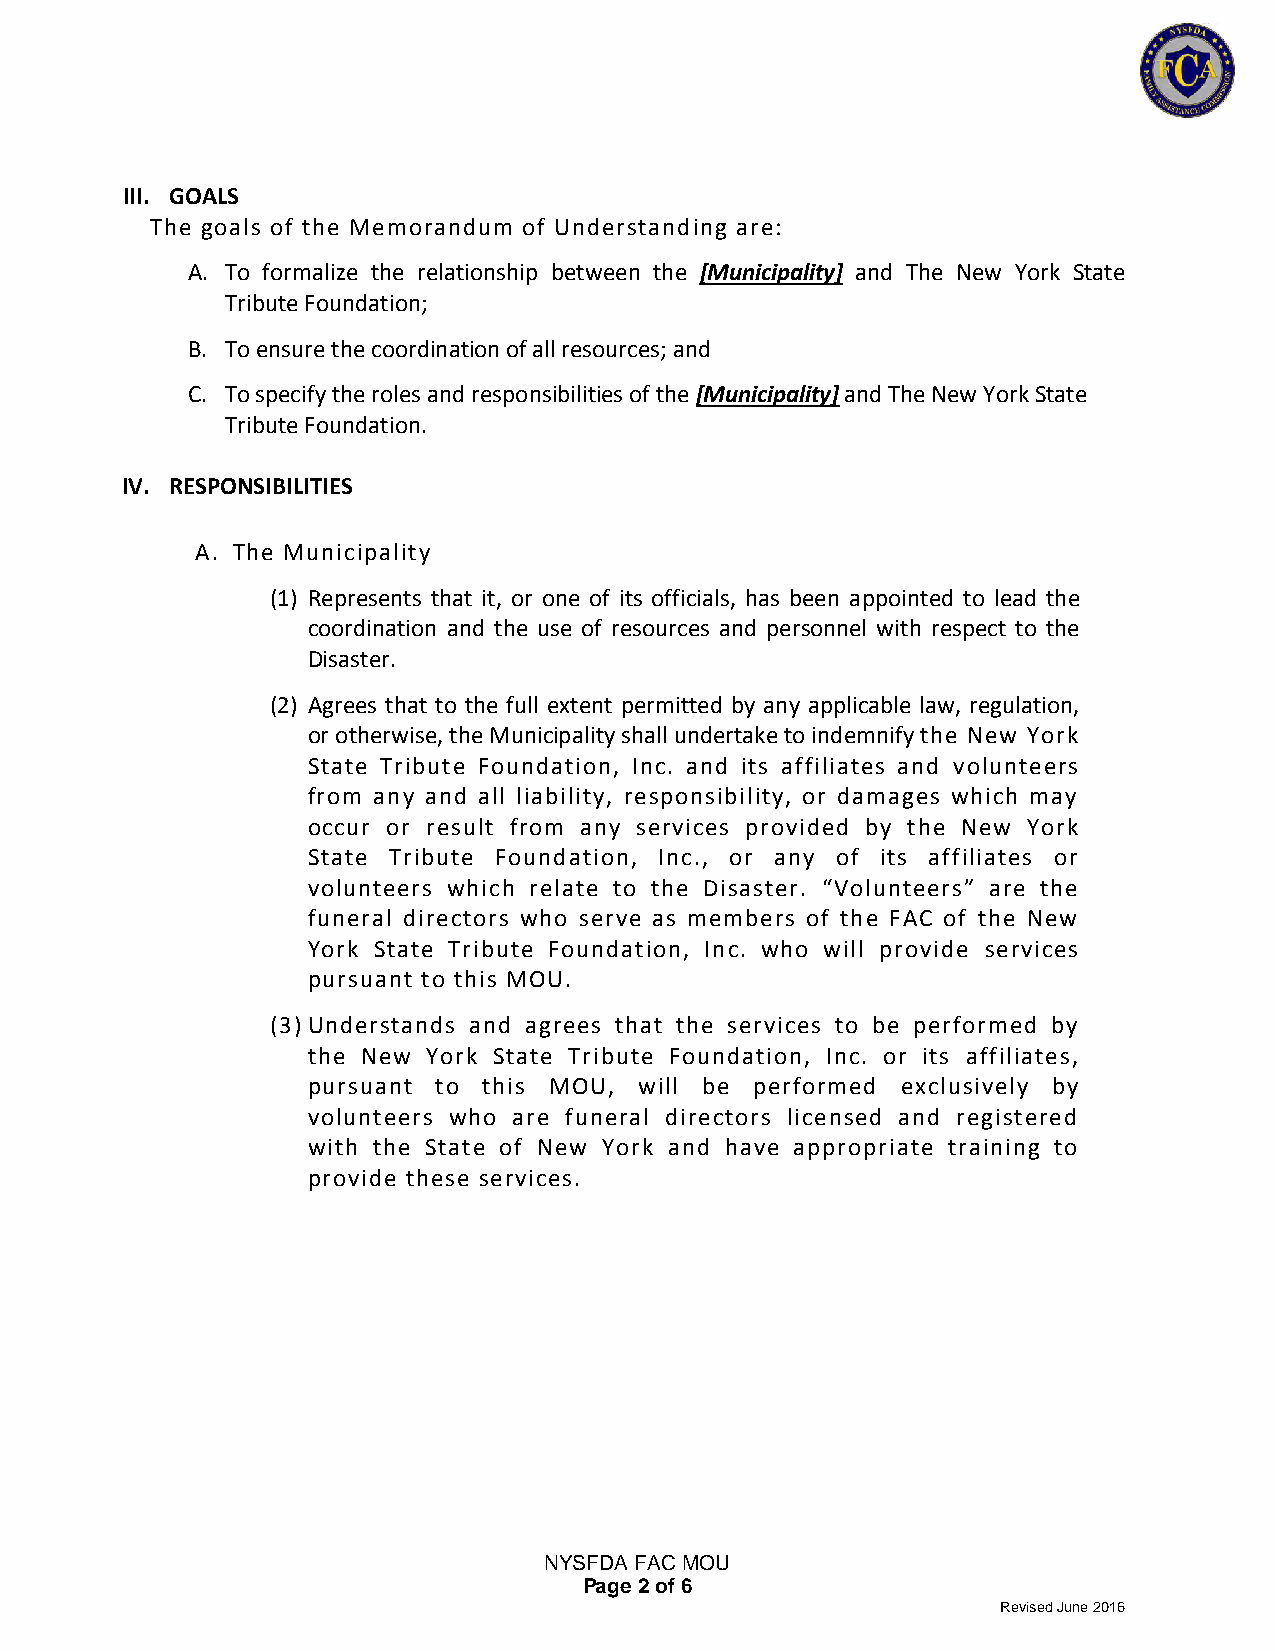
III. GOALS
 The goals of the Memorandum of Understanding are:
 A. To formalize the relationship between the [Municipality] and The New York State
 Tribute Foundation;
 B. To ensure the coordination of all resources; and
 C. To specify the roles and responsibilities of the [Municipality] and The New York State
 Tribute Foundation.
 IV. RESPONSIBILITIES
 A. The Municipality
 (1) Represents that it, or one of its officials, has been appointed to lead the
 coordination and the use of resources and personnel with respect to the
 Disaster.
 (2) Agrees that to the full extent permitted by any applicable law, regulation,
 or otherwise, the Municipality shall undertake to indemnify the New York
 State Tribute Foundation, Inc. and its affiliates and volunteers
 from any and all liability, responsibility, or damages which may
 occur or result from any services provided by the New York
 State Tribute Foundation, Inc., or any of its affiliates or
 volunteers which relate to the Disaster. “Volunteers” are the
 funeral directors who serve as members of the FAC of the New
 York State Tribute Foundation, Inc. who will provide services
 pursuant to this MOU.
 (3) Understands and agrees that the services to be performed by
 the New York State Tribute Foundation, Inc. or its affiliates,
 pursuant to this MOU, will be performed exclusively by
 volunteers who are funeral directors licensed and registered
 with the State of New York and have appropriate training to
 provide these services.
 NYSFDA FAC MOU
 Page 2 of 6
 Revised June 2016